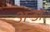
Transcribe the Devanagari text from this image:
अन्डा